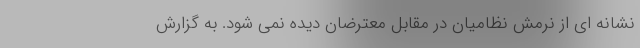
نشانه ای از نرمش نظامیان در مقابل معترضان دیده نمی شود. به گزارش